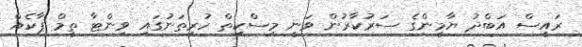
ރައީސް އަބްދު ޔާމީންގެ ސަރުކާރުން ވަނީ މިސްކިތް ހުރިތަނުގައި ވިންޓާ ތީމް ޕާކެއް